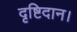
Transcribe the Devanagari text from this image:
दृष्टिदान।